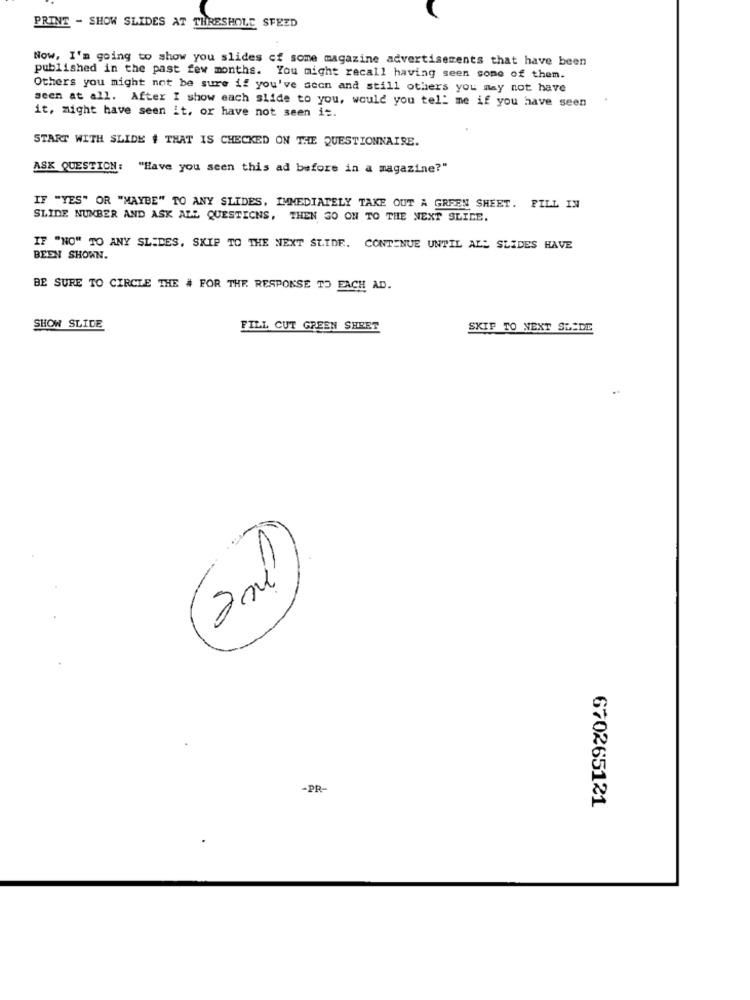
PRINT - SHOW SLIDES AT THRESHOLD SFEED
Now, I'm going to show you slides of some magazine advertisements that have been
published in the past few months. You might recall having seen some of them.
Others you might not be sure if you've seen and still others you may not have
seen at all. After I show each slide to you, would you tell me if you have seen
it, might have seen it, or have not seen it.
START WITH SLIDE # THAT IS CHECKED ON THE QUESTIONNAIRE.
ASK QUESTION:
"Have you seen this ad before in a magazine?"
IF "YES" OR "MAYBE" TO ANY SLIDES, IMMEDIATELY TAKE OUT A GREEN SHEET. FILL IN
SLIDE NUMBER AND ASK ALL QUESTIONS, THEN GO ON TO THE NEXT SLICE.
IF "NO" TO ANY SLIDES, SKIP TO THE NEXT SLIDE. CONTINUE UNTIL ALL SLIDES HAVE
BEEN SHOWN.
BE SURE TO CIRCLE THE # FOR THE RESPONSE TO EACH AD.
SHOW SLIDE
FILL CUT GREEN SHEET
SKIP TO NEXT SLADE
-PR-
670265121